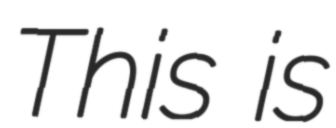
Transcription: This is